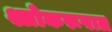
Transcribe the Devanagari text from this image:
श्लोकरूपात